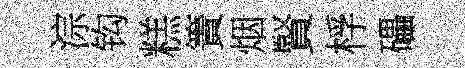
淙钩糕簀烟賢桴礧